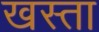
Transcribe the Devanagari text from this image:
खस्‍ता